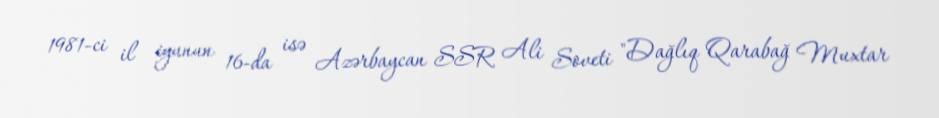
1981-ci il iyunun 16-da isə Azərbaycan SSR Ali Soveti "Dağlıq Qarabağ Muxtar